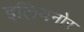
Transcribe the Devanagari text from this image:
इलियनोर